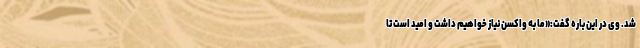
شد. وی در این باره گفت:«ما به واکسن نیاز خواهیم داشت و امید است تا